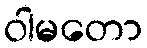
ဝါမတော